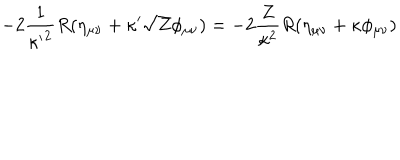
- 2 { \frac { 1 } { { \kappa ^ { \prime } } ^ { 2 } } } R ( \eta _ { \mu \nu } + \kappa ^ { \prime } \sqrt { Z } \phi _ { \mu \nu } ) = - 2 { \frac { Z } { \kappa ^ { 2 } } } R ( \eta _ { \mu \nu } + \kappa \phi _ { \mu \nu } )